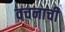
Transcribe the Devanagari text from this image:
वचनाची